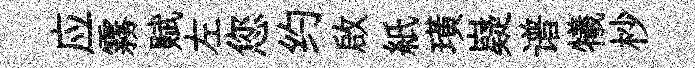
应霧赋左您约啟紙璜嶷谱犧杪